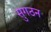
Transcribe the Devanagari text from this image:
सुगठन